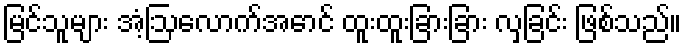
မြင်သူများ အံ့ဩလောက်အောင် ထူးထူးခြားခြား လှခြင်း ဖြစ်သည်။